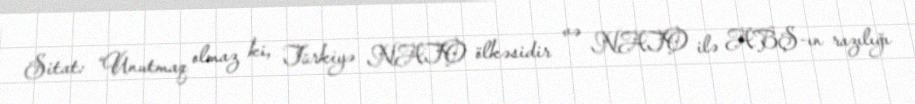
Sitat: “Unutmaq olmaz ki, Türkiyə NATO ölkəsidir və NATO ilə ABŞ-ın razılığı